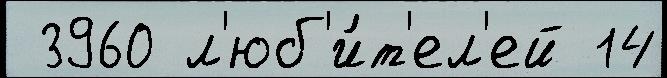
 3960 л'юб'и́т'ел'ей 14